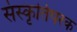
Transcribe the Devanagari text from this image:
संस्कृतिपरक